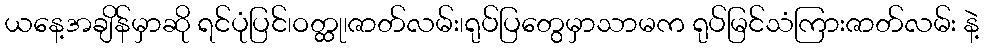
ယနေ့အချိန်မှာဆို ရင်ပုံပြင်၊ဝတ္ထု၊ဇာတ်လမ်း၊ရုပ်ပြတွေမှာသာမက ရုပ်မြင်သံကြားဇာတ်လမ်း နဲ့